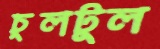
চুলটুল